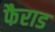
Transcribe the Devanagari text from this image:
फैराड